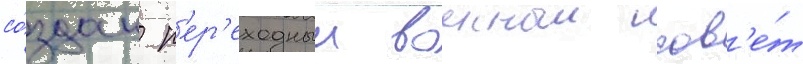
со́здан п'ер'еходныи военныи сов'е́т